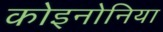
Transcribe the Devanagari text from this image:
कोइनोनिया